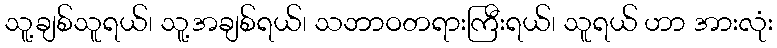
သူ့ချစ်သူရယ်၊ သူ့အချစ်ရယ်၊ သဘာဝတရားကြီးရယ်၊ သူရယ် ဟာ အားလုံး